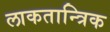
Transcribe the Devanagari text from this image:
लाकतान्त्रिक